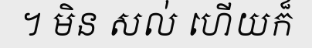
។ មិន សល់ ហើយក៏